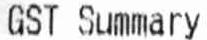
GST SUMMARY